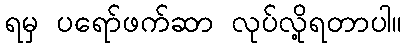
ရမှ ပရော်ဖက်ဆာ လုပ်လို့ရတာပါ။